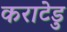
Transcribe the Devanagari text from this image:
कराटेडु